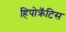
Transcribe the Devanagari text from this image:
हिपोक्रॅटिस